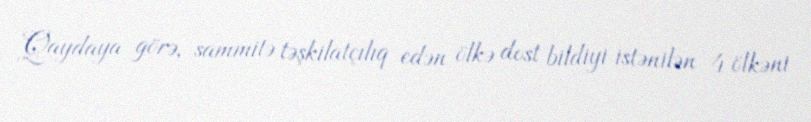
Qaydaya görə, sammitə təşkilatçılıq edən ölkə dost bildiyi istənilən 4 ölkəni